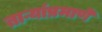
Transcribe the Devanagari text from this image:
ताऱ्यांप्रमाणे